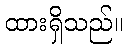
ထားရှိသည်။